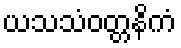
ယသသံဝတ္တနိကံ